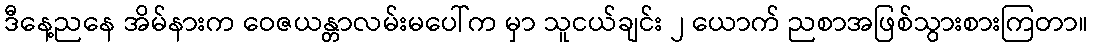
ဒီနေ့ညနေ အိမ်နားက ဝေဇယန္တာလမ်းမပေါ်က မှာ သူငယ်ချင်း ၂ ယောက် ညစာအဖြစ်သွားစားကြတာ။